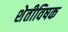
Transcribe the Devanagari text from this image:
शेतीविषक